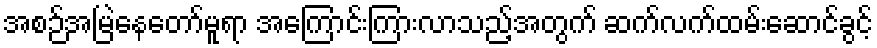
အစဉ်အမြဲနေတော်မူရာ အကြောင်းကြားလာသည့်အတွက် ဆက်လက်ထမ်းဆောင်ခွင့်